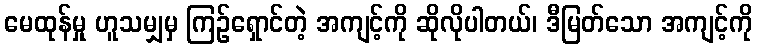
မေထုန်မှု ဟူသမျှမှ ကြဉ်ရှောင်တဲ့ အကျင့်ကို ဆိုလိုပါတယ်၊ ဒီမြတ်သော အကျင့်ကို